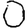
Digit: 0